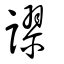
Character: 謬